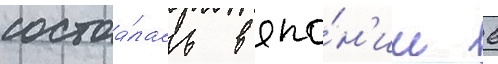
состоа́лась в япо́н'ии 6